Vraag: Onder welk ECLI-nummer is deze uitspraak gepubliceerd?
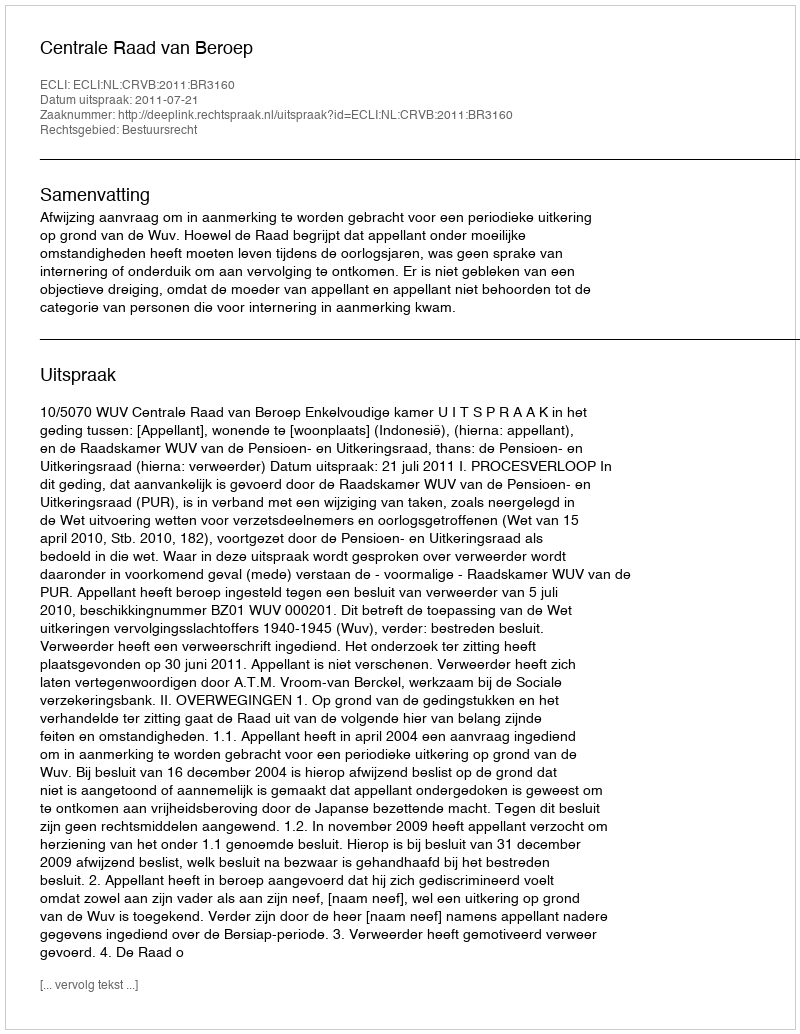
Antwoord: ECLI:NL:CRVB:2011:BR3160